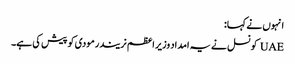
انہوں نے کہا:
UAE کونسل نے یہ امداد وزیر اعظم نریندر مودی کو پیش کی ہے۔